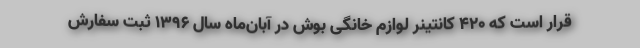
قرار است که ۴۲۰ کانتینر لوازم خانگی بوش در آبان‌ماه سال ۱۳۹۶ ثبت سفارش